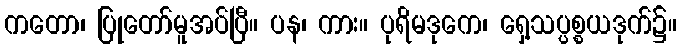
ကတော၊ ပြုတော်မူအပ်ပြီ။ ပန၊ ကား။ ပုရိမဒုကေ၊ ရှေ့သပ္ပစ္စယဒုက်၌။